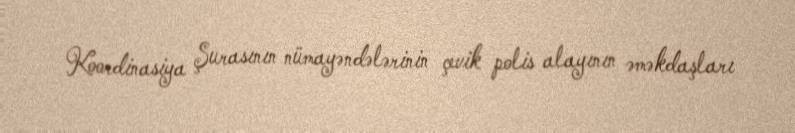
Koordinasiya Şurasının nümayəndələrinin çevik polis alayının əməkdaşları